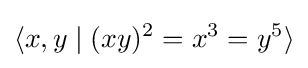
\langle x,y\mid (xy)^{2}=x^{3}=y^{5}\rangle